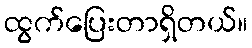
ထွက်ပြေးတာရှိတယ်။